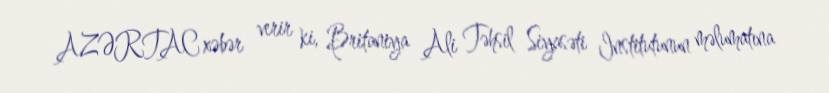
AZƏRTAC xəbər verir ki, Britaniya Ali Təhsil Siyasəti Institutunun məlumatına